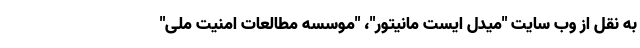
به نقل از وب سایت "میدل ایست مانیتور"، "موسسه مطالعات امنیت ملی"